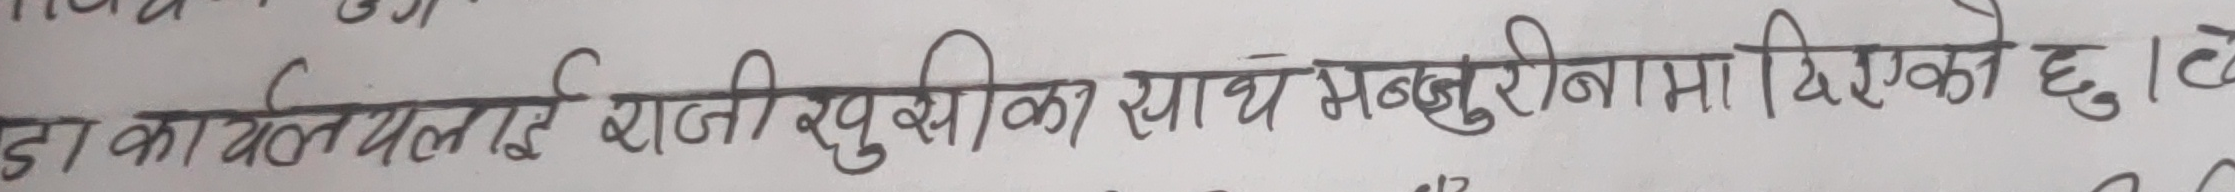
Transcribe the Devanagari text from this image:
डा का गर्योललाई खुसी खुसीका साथ मञ्जुरीनामा दिएको छु ।